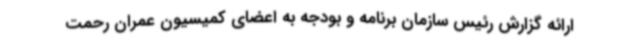
ارائه گزارش رئیس سازمان برنامه و بودجه به اعضای کمیسیون عمران رحمت